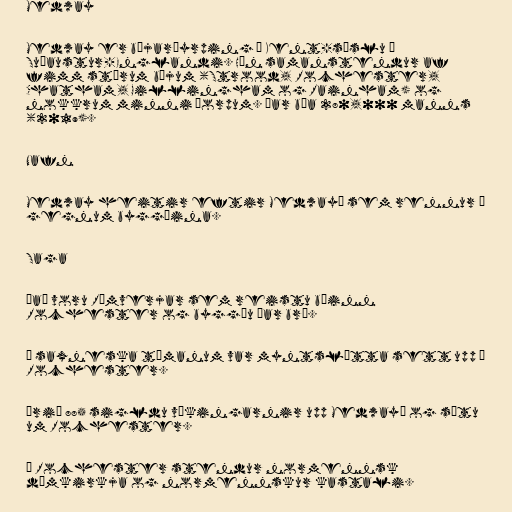
Medway

Medway er bæjarþyrping í Kent-sýslu í
Suðaustur-Englandi. Hún samanstendur af
fimm stórum bæjum (Strood, Rochester,
Chatham, Gillingham og Rainham) og
nokkrum minni þorpum. Þar búa 280,000 manns
(2019).

Nafn

Medway heitir eftir Medwayá sem rennur í
gegnum byggðina.

Saga

Það voru Rómverjar sem reistu bæinn
Rochester og byggðu þar brú.

Á saxneska tímanum var myntslátta sett upp í
Rochester.

Árið 885 sigldu víkingarnir upp Medwayá og sátu
um Rochester.

Í Rochester stendur normennsk
dómkirkja og normennskur kastali.